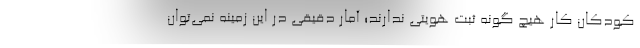
کودکان کار هیچ گونه ثبت هویتی ندارند؛ آمار دقیقی در این زمینه نمی‌توان